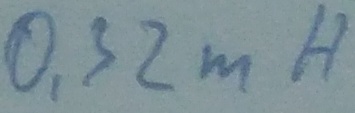
Text: 0,32mH